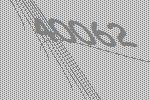
40062